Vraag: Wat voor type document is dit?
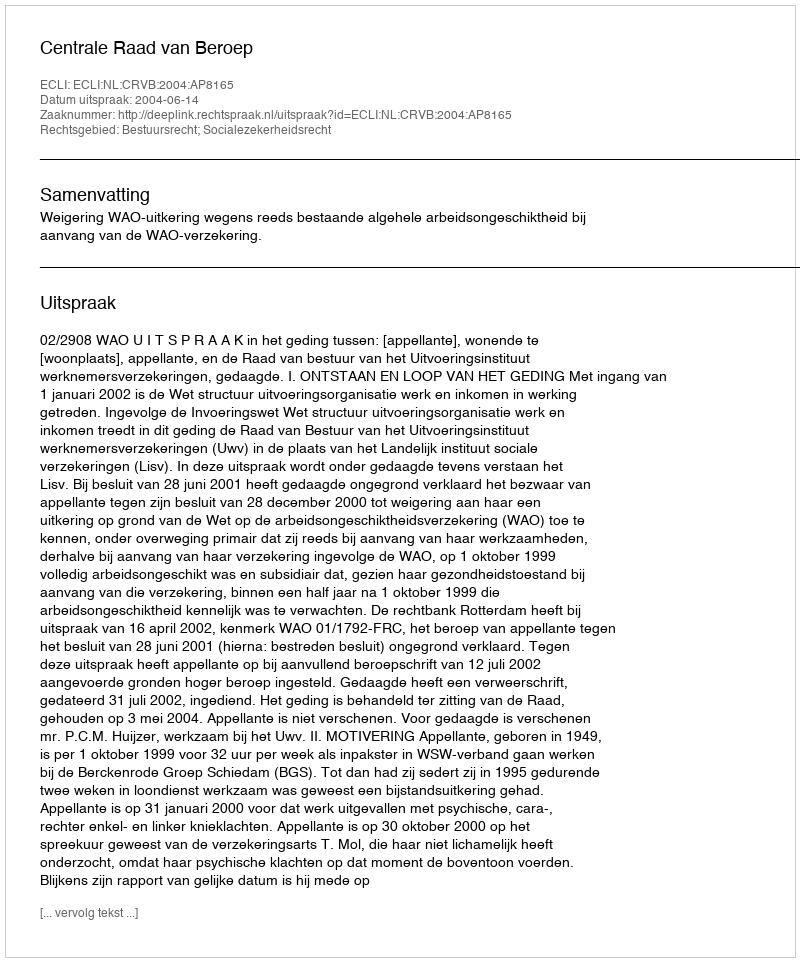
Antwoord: Uitspraak